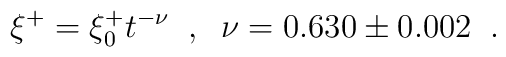
\xi^+=\xi^+_0 t^{-\nu}\;\;,\;\;\nu=0.630\pm0.002\;\;.